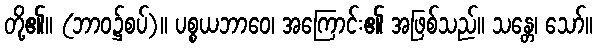
တို့၏။ (ဘာဝ၌စပ်)။ ပစ္စယဘာဝေ၊ အကြောင်း၏ အဖြစ်သည်။ သန္တေ၊ သော်။